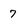
Character: 7